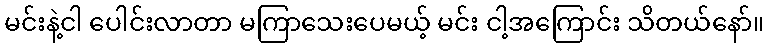
မင်းနဲ့ငါ ပေါင်းလာတာ မကြာသေးပေမယ့် မင်း ငါ့အကြောင်း သိတယ်နော်။